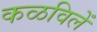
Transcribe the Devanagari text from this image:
कळविलें